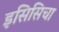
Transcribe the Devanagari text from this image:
इसिसिचा